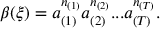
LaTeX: \beta ( \xi ) = a _ { ( 1 ) } ^ { n _ { ( 1 ) } } a _ { ( 2 ) } ^ { n _ { ( 2 ) } } . . . a _ { ( T ) } ^ { n _ { ( T ) } } .